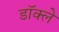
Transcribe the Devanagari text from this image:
डॉक्ले